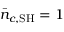
\bar { n } _ { c , \mathrm { S H } } = 1